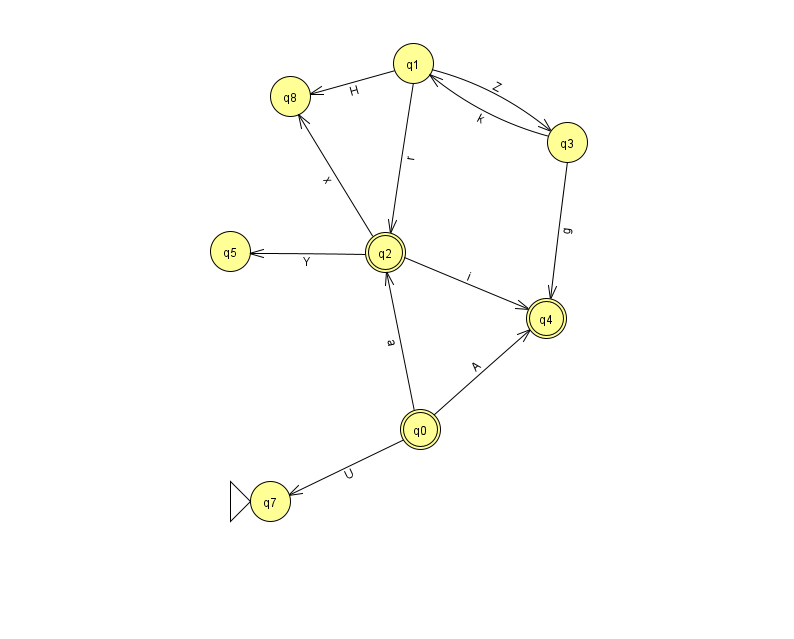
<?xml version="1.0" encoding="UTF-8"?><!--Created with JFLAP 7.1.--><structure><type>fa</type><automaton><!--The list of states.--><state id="0" name="q0"><x>420.0</x><y>416.0</y><final/></state><state id="1" name="q1"><x>413.0</x><y>50.0</y></state><state id="2" name="q2"><x>385.0</x><y>239.0</y><final/></state><state id="3" name="q3"><x>567.0</x><y>129.0</y></state><state id="4" name="q4"><x>546.0</x><y>305.0</y><final/></state><state id="5" name="q5"><x>230.0</x><y>238.0</y></state><state id="7" name="q7"><x>270.0</x><y>488.0</y><initial/></state><state id="8" name="q8"><x>290.0</x><y>83.0</y></state><!--The list of transitions.--><transition><from>0</from><to>2</to><read>a</read></transition><transition><from>2</from><to>4</to><read>i</read></transition><transition><from>2</from><to>5</to><read>Y</read></transition><transition><from>1</from><to>8</to><read>H</read></transition><transition><from>3</from><to>4</to><read>g</read></transition><transition><from>1</from><to>3</to><read>Z</read></transition><transition><from>3</from><to>1</to><read>k</read></transition><transition><from>0</from><to>4</to><read>A</read></transition><transition><from>1</from><to>2</to><read>r</read></transition><transition><from>0</from><to>7</to><read>U</read></transition><transition><from>2</from><to>8</to><read>x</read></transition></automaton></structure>